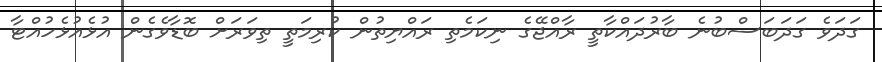
ގަދަވެ ގަދަބަސްބުނެ ބާރުދައްކާތީ ރާއްޖޭގެ ނިކަމެތި ރައްޔިތުން ކުރިމަތީ ތިވަރަށް ބޮޑާވެގެން އުޅެއުޅެހުއްޓާ